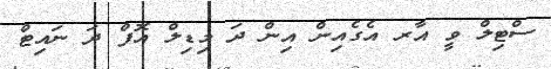
ސްޓިލް ވީ އާރ އެގެއިން އިން ދަ މިޑިލް އޮފް ދަ ނައިޓް